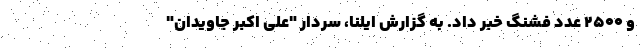
و ۲۵۰۰ عدد فشنگ خبر داد. به گزارش ایلنا، سردار "علی اکبر جاویدان"